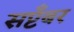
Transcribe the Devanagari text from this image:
सप्टँबर